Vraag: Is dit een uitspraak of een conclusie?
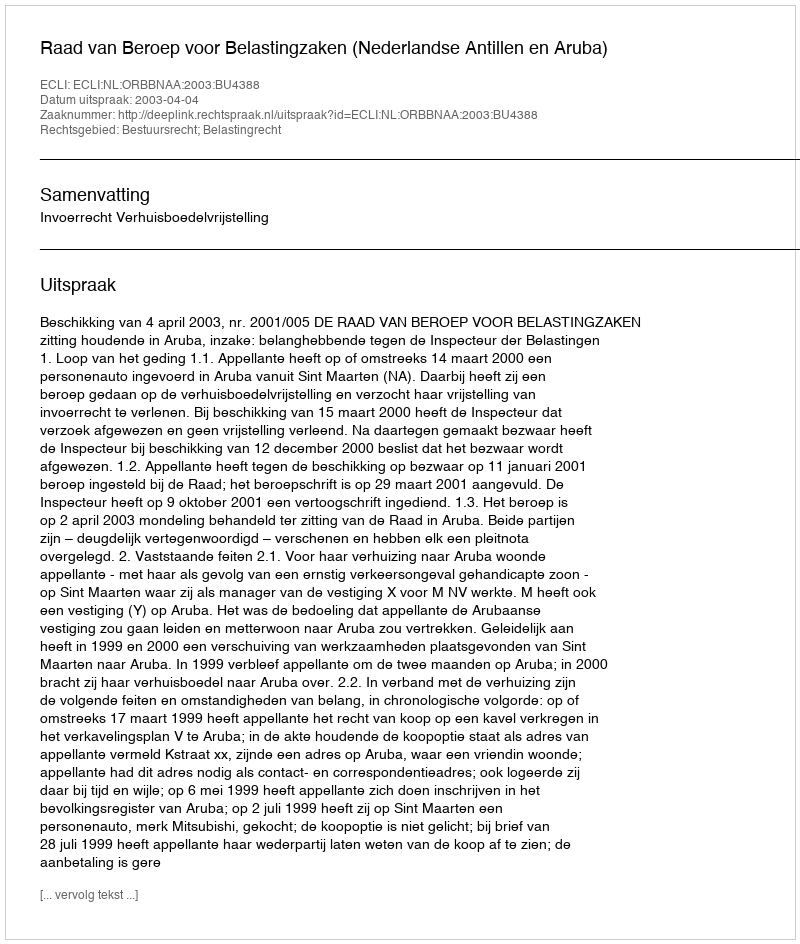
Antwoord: Uitspraak